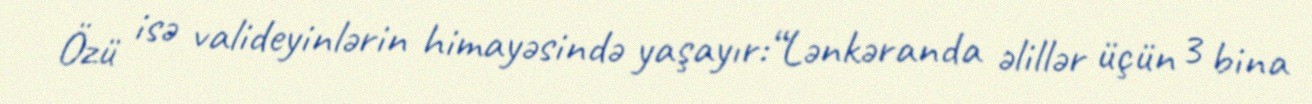
Özü isə valideyinlərin himayəsində yaşayır:“Lənkəranda əlillər üçün 3 bina